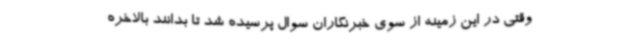
وقتی در این زمینه از سوی خبرنگاران سوال پرسیده شد تا بدانند بالاخره